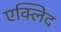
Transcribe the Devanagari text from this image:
एक्लिद